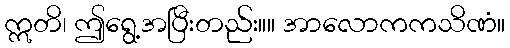
ဣတိ၊ ဤရွေ့အပြီးတည်း။။ အာလောကကသိဏံ။